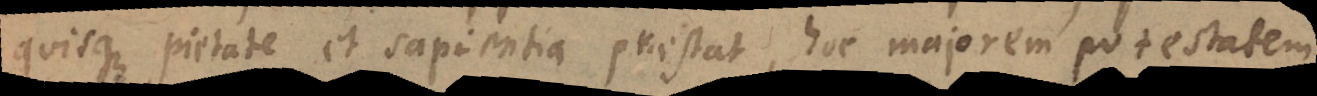
quisque pietate et sapientia praestat, hoc majorem potestatem